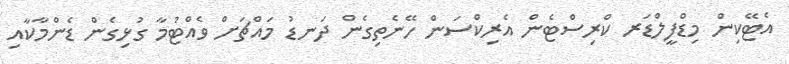
އެޓޭކިން މިޑްފީލްޑަރ ކްރިސްޓެން އެރިކްސަން ހޭނެތިގެން ދަނޑު މައްޗަށް ވެއްޓުމާ ގުޅިގެން ޑެންމާކާއި